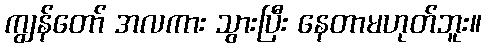
ကျွန်တော် အလကား သွားပြီး နေတာမဟုတ်ဘူး။